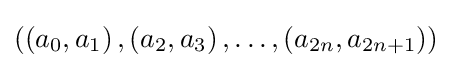
\left(\left(a_{0},a_{1}\right),\left(a_{2},a_{3}\right),\dots ,\left(a_{2n},a_{2n+1}\right)\right)